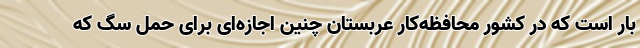
بار است که در کشور محافظه‌کار عربستان چنین اجازه‌ای برای حمل سگ که